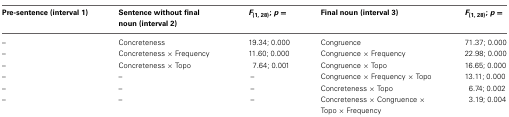
| Pre-sentence (interval 1) | Sentence without final noun (interval 2) | F(1, 28); p = | Final noun (interval 3) | F(1, 28); p = |
 | --- | --- | --- | --- | --- |
 | – | Concreteness | 19.34; 0.000 | Congruence | 71.37; 0.000 |
 | – | Concreteness × Frequency | 11.60; 0.000 | Congruence × Frequency | 22.98; 0.000 |
 | – | Concreteness × Topo | 7.64; 0.001 | Congruence × Topo | 16.65; 0.000 |
 | – | – | – | Congruence × Frequency × Topo | 13.11; 0.000 |
 | – | – | – | Concreteness × Topo | 6.74; 0.002 |
 | – | – | – | Concreteness × Congruence × Topo × Frequency | 3.19; 0.004 |